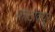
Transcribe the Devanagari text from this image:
फोटोक्यूर